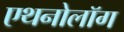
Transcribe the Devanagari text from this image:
एथनोलॉग